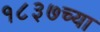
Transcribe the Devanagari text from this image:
१८३७च्या